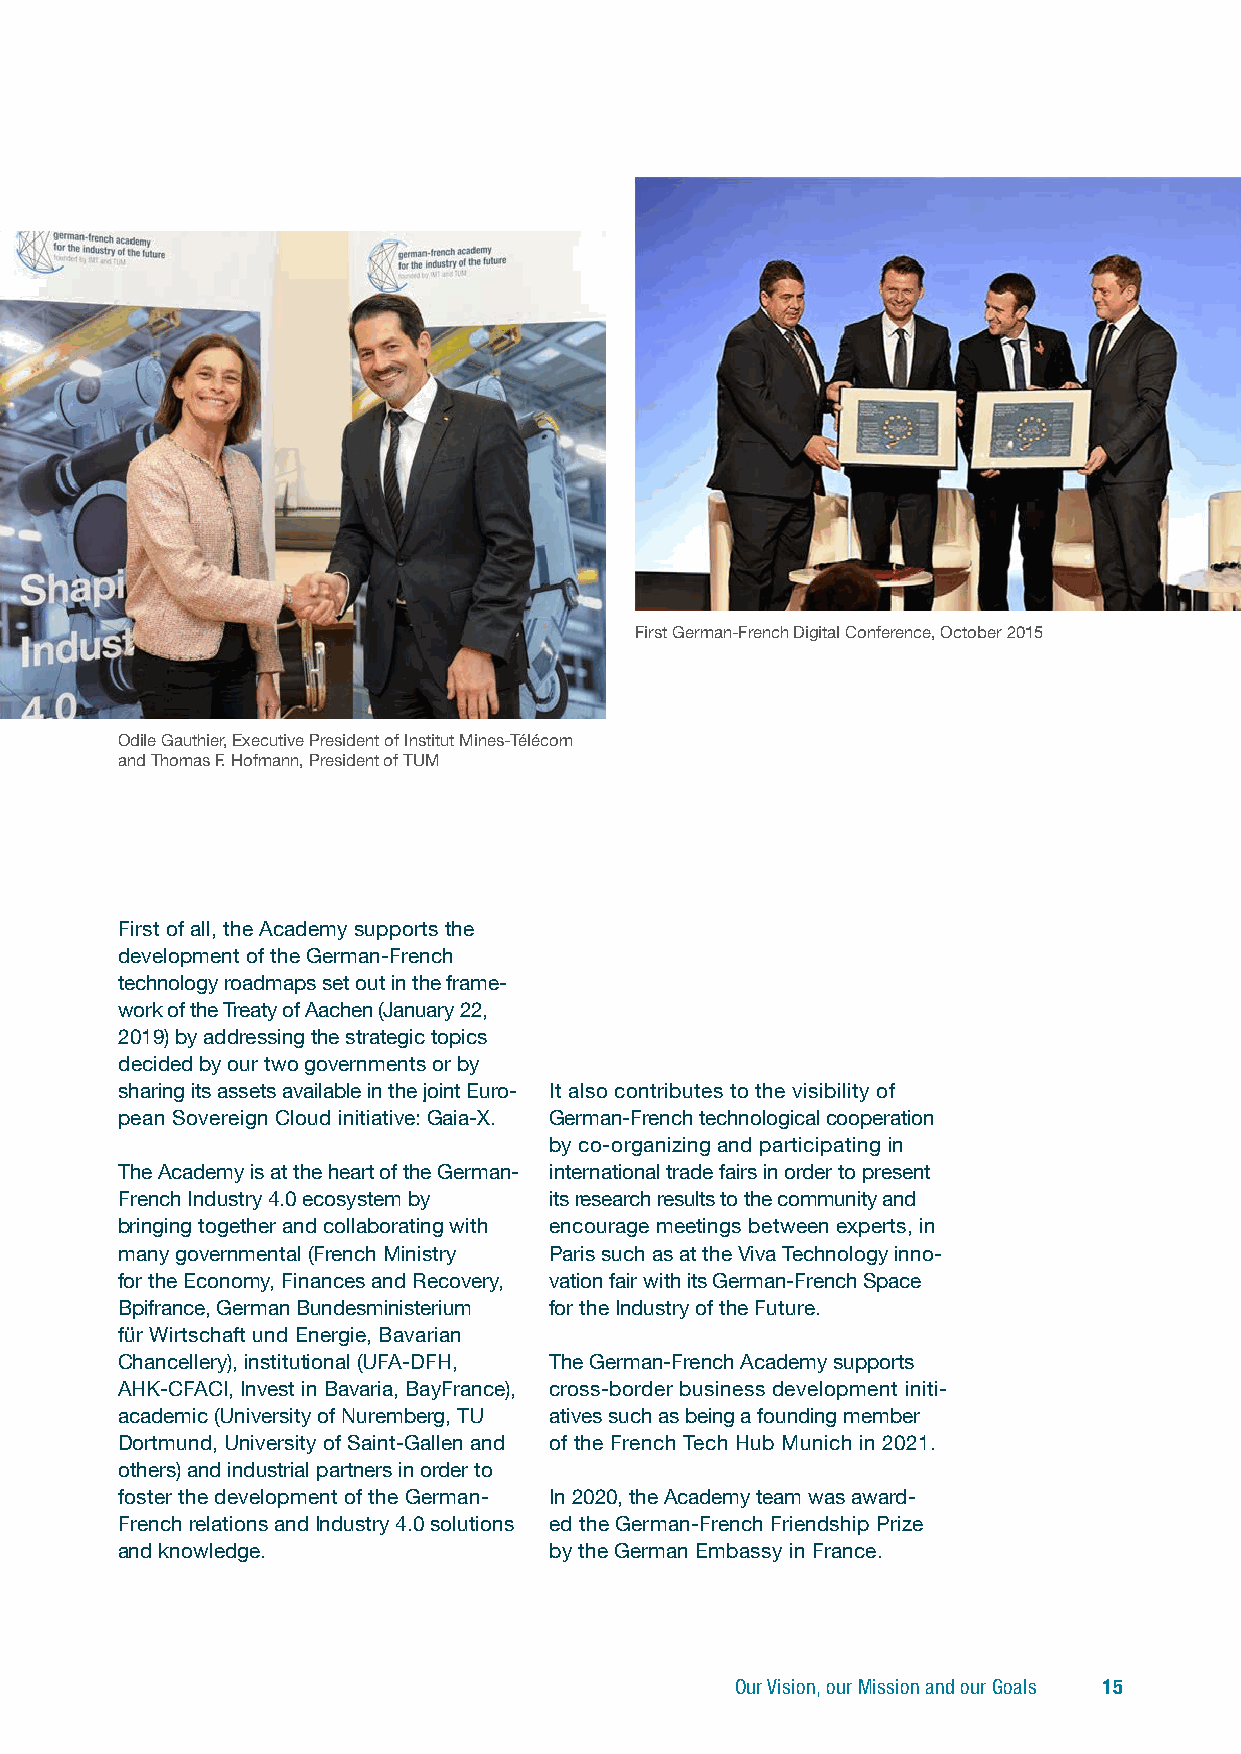
First German-French Digital Conference, October 2015
 Odile Gauthier, Executive President of Institut Mines-Télécom
 and Thomas F. Hofmann, President of TUM
 First of all, the Academy supports the
 development of the German-French
 technology roadmaps set out in the frame-
 work of the Treaty of Aachen (January 22,
 2019) by addressing the strategic t opics
 decided by our two governments or by
 sharing its assets available in the joint Euro- It also contributes to the visibility of
 pean Sovereign Cloud initiative: Gaia-X. German-French technological c ooperation
 by co-organizing and participating in
 The Academy is at the heart of the German- international trade fairs in order to p resent
 French Industry 4.0 ecosystem by its research results to the community and
 bringing together and collaborating with encourage meetings between experts, in
 many governmental (French Ministry Paris such as at the Viva Technology inno-
 for the Economy, Finances and Recovery, vation fair with its German-French Space
 Bpifrance, German Bundesministerium for the Industry of the Future.
 für Wirtschaft und Energie, Bavarian
 Chancellery), institut ional (UFA-DFH, The German-French Academy supports
 AHK-CFACI, Invest in Bavaria, BayFrance), cross-border business development initi-
 academic (University of Nuremberg, TU atives such as being a founding member
 Dortmund, University of Saint-Gallen and of the French Tech Hub Munich in 2021.
 others) and industrial partners in order to
 foster the development of the German- In 2020, the Academy team was award-
 French relations and I ndustry 4.0 solutions ed the German-French Friendship Prize
 and knowledge.              by the German Embassy in France.
 Our Vision, our Mission and our Goals 15